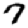
Digit: 7